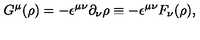
G ^ { \mu } ( \rho ) = - { \epsilon } ^ { { \mu } { \nu } } { \partial } _ { \nu } { \rho } \equiv - { \epsilon } ^ { { \mu } { \nu } } F _ { \nu } ( { \rho } ) ,